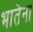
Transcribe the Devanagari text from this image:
भातेना